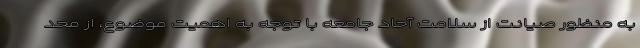
به منظور صیانت از سلامت آحاد جامعه با توجه به اهمیت موضوع، از محد